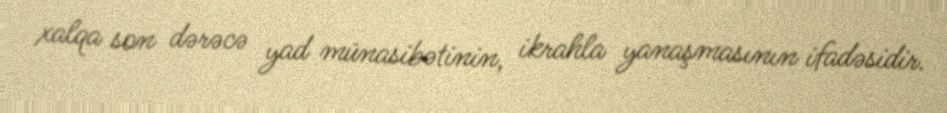
xalqa son dərəcə yad münasibətinin, ikrahla yanaşmasının ifadəsidir.